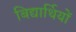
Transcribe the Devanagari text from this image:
बिद्यार्थियों